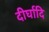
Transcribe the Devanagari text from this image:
दीर्घादि